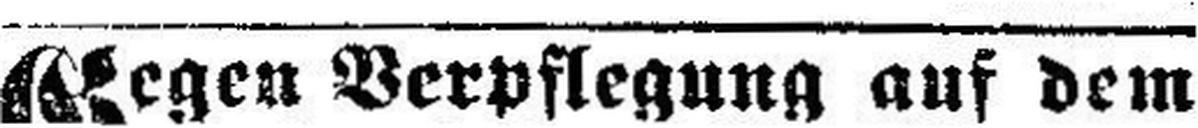
Gegen Verpflegung auf dem